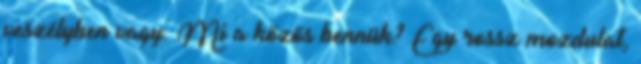
veszélyben vagy. Mi a közös bennük? Egy rossz mozdulat,